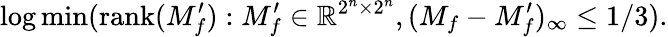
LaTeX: \log\operatorname*{min}({\textrm{rank}}(M_{f}^{\prime}):M_{f}^{\prime}\in\mathbb{R}^{2^{n}\times 2^{n}},(M_{f}-M_{f}^{\prime})_{\infty}\leq 1/3).